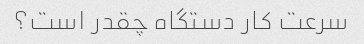
سرعت کار دستگاه چقدر است؟